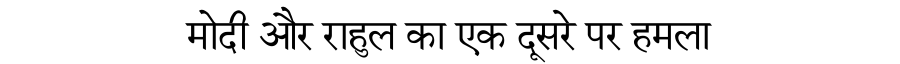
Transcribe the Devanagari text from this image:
मोदी और राहुल का एक दूसरे पर हमला